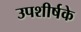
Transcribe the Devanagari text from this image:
उपशीर्षके